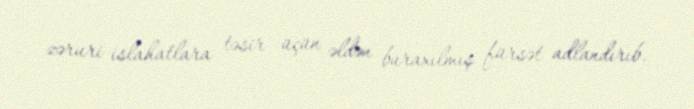
zəruri islahatlara təsir üçün əldən buraxılmış fürsət adlandırıb.